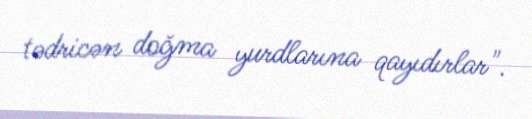
tədricən doğma yurdlarına qayıdırlar".